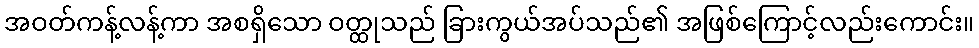
အဝတ်ကန့်လန့်ကာ အစရှိသော ဝတ္ထုသည် ခြားကွယ်အပ်သည်၏ အဖြစ်ကြောင့်လည်းကောင်း။